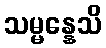
သမ္မန္နေသိ